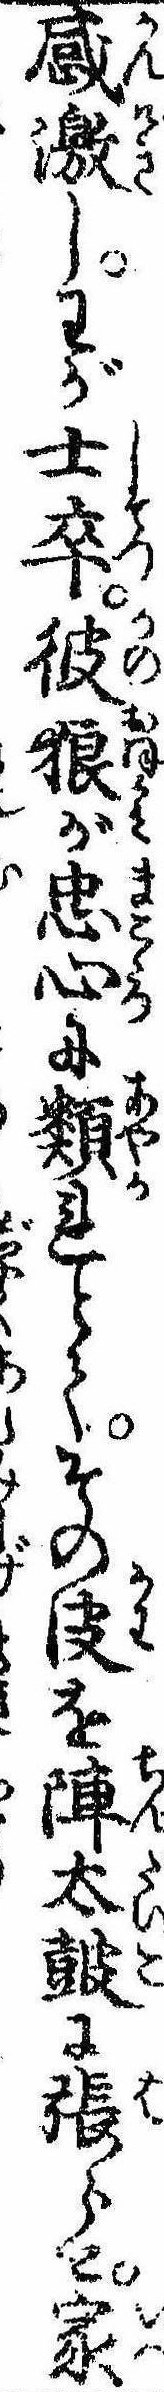
感激しわが士卒彼狼が忠心に類れとてその皮を陣太鼓に張らせ家